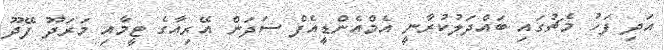
އަދި ފަހު މެޗުގައި ބައްދަލުކުރާނީ އެމްއެންޑީއެފް ސަދަން އޭރިއާގެ ޓީމާއި މަރަދޫ ފޭދޫ